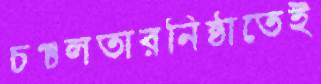
চঞ্চলতারনিষ্ঠাতেই